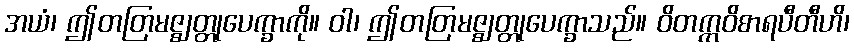
အယံ၊ ဤတတြမဇ္ဈတ္တုပေက္ခာကို။ ဝါ၊ ဤတတြမဇ္ဈတ္တုပေက္ခာသည်။ ဝိတက္ကဝိစာရပီတီဟိ၊